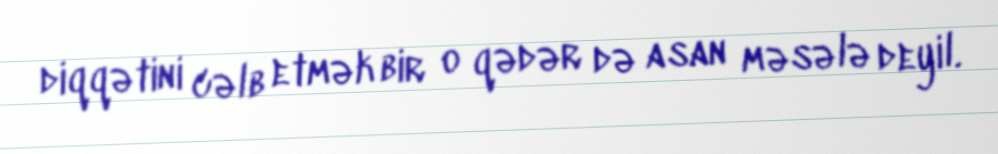
diqqətini cəlb etmək bir o qədər də asan məsələ deyil.